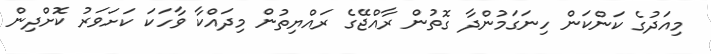
މިއަދުގެ ކަންކަން ހިނަގަމުންދާ ގޮތުން ރާއްޖޭގެ ރައްޔިތުން މިދައްކާ ވާހަކަ ކަށަވަރު ކޮށްދިން